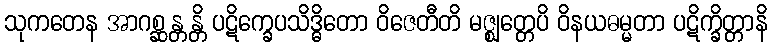
သုကတေန အာဂစ္ဆန္တန္တိ ပဋိက္ခေပသိဒ္ဓိတော ဝိဇေတီတိ မဇ္ဈတ္တေပိ ဝိနယဓမ္မတာ ပဋိက္ခိတ္တာနိ